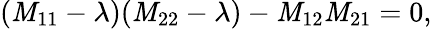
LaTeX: (\mathit{M}_{11}-\lambda)(\mathit{M}_{22}-\lambda)-\mathit{M}_{12}\mathit{M}_{21}=0,